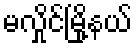
မလှိုင်မြို့နယ်